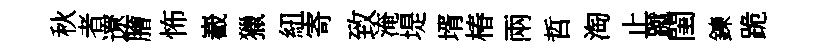
秋者遼膾怖嶻獵紐寄致淹堤壻椿兩哲淘止蹴閨鍊跪